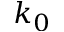
k _ { 0 }